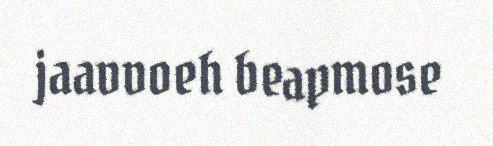
jaavvoeh beapmose